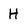
Character: H